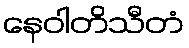
နေဝါတိသီတံ